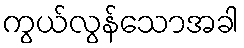
ကွယ်လွန်သောအခါ